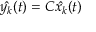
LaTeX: { \hat { y _ { k } } } ( t ) = C { \hat { x _ { k } } } ( t )